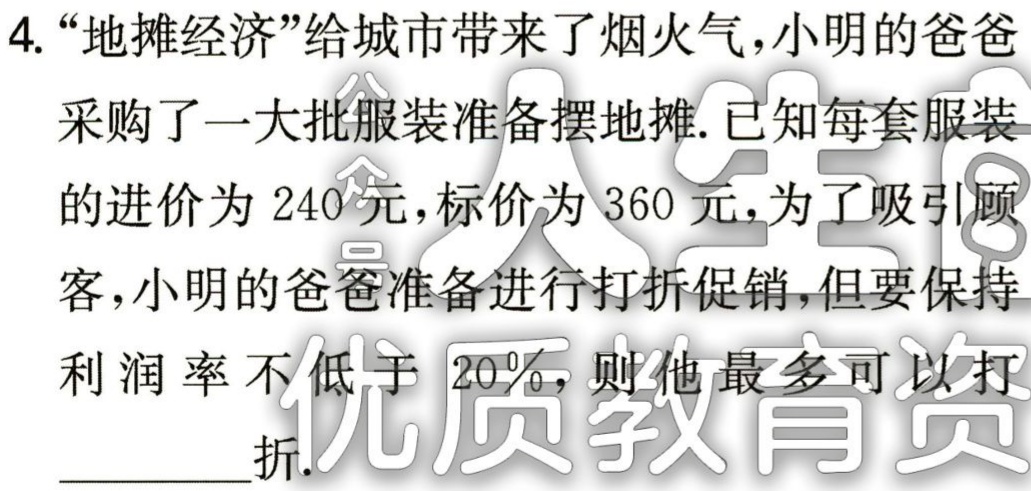
4.“地摊经济”给城市带来了烟火气，小明的爸爸

采购了一大批服装准备摆地摊.已知每套服装

的进价为 240 元，标价为 360 元，为了吸引顾

客，小明的爸爸准备进行打折促销，但要保持

利润率不低于 20%，则他最多可以打

________折.